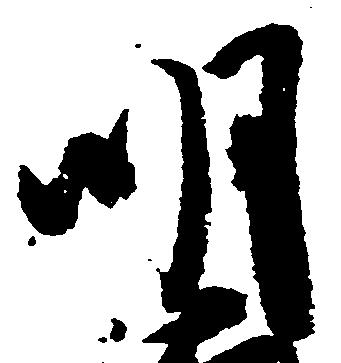
明